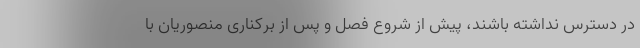
در دسترس نداشته باشند، پیش از شروع فصل و پس از برکناری منصوریان با